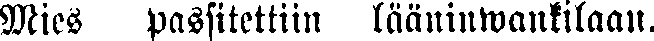
Mies passitettiin lääninwankilaan.